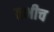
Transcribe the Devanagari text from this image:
तभीच